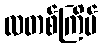
လတစ်ကြိမ်